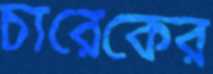
চারেকের